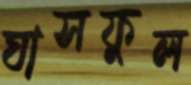
ঘাসফুল